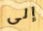
إلى